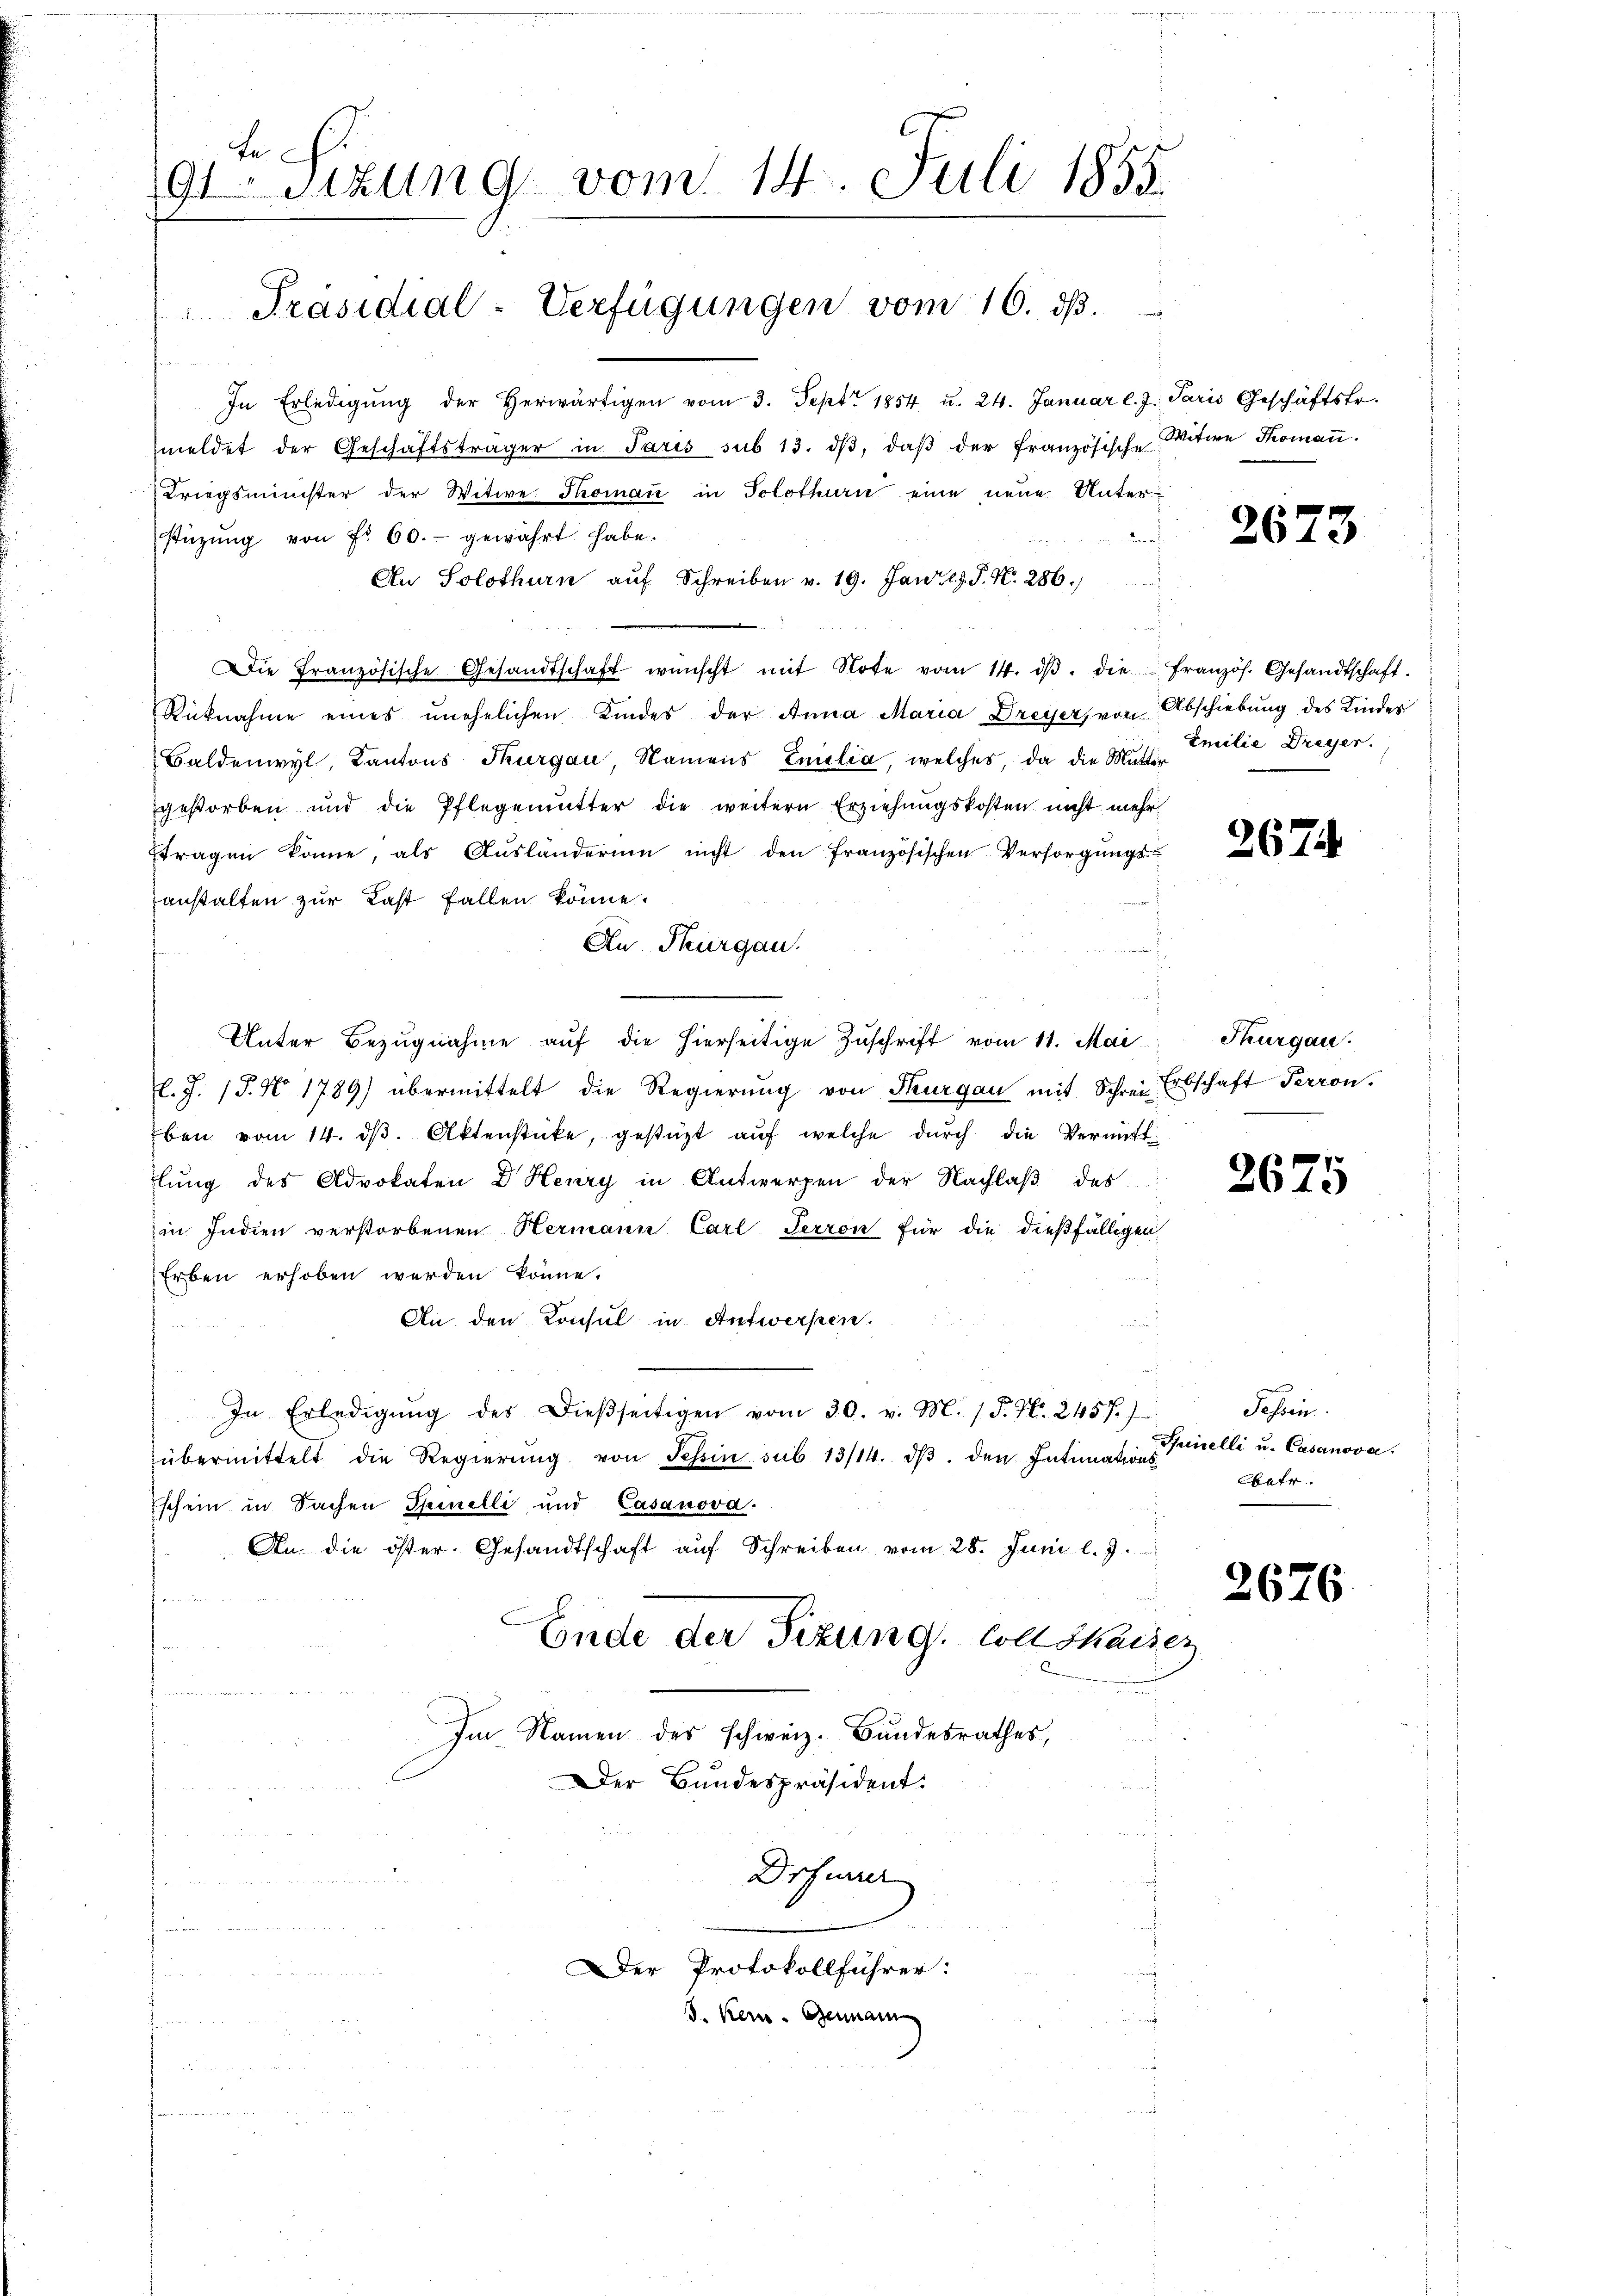
Fe
9t Sitzung vom 14. Juli 1855.
Präsidial-Verfügungen vom 16. dß.

Der Bundespräsident:
Drfurrer
Der Protokollführer:
J. Kein. Gennam

In Erledigŭng der herwärtigen vom 3. Sept. 1854 u. 24. Januar l. J. Paris Geschäftsfr.
meldet der Geschäftsträger in Paris sub 13. dβ, daβ der französische Witwe Thomaṅ.
Kriegsminister der Witwe Thoman in Solothurn eine neue Unterstüzung von Fr. 60.- gewahrt habe.
An Solothurn auf Schreiben v. 19. Jan. 19. P. N. 286.)
Die Französische Gesandtschaft wünscht mit Note vom 14. dβ. die französ. Gesandtschaft.
Rücknahme eines unehelichen Kindes der Anna Maria Dreyer, von Abschiebung des Kindes
Baldenwyl, Kantons Thurgau, Namens Emilia, welches, da die Haus Emilie Dreyer.
gestorben und die Pflegemutter die weitern Erziehungskosten nicht mehrftragen könne, als Ausländerum nicht den französischen Versorgungsanstalten zur Last fallen könne.
An Thurgau.
Unter Bezugnahme auf die hierseitige Zuschrift vom 11. Mai
l. J. 18. No. 1789) übermittelt die Regierŭng von Thurgau mit Schrei Erbschaft Perron.
ben vom 14. dβ. Aktenstücke, gestüzt auf welche durch die Vermitttlung des Advokaten Dr. Henry in Antwerpen der Nachlaβ des
in Indien verstorbenen Hermann Carl Terron für die dießfälligen
Erben erhoben werden könne.
An den Konsul in Antwerken.
In Erledigŭng des Dieβseitigen vom 30. v. M. / P. Nr. 2457.)
übermittelt die Regierŭng von Tessin sub 13/14. dβ. den Intimations
schein in Sachen Spinelli und Casanova.
An die öster. Gesandtschaft auf Schreiben vom 28. Juni l. J.
n
Ende der Sizung. Coll Saiser

Im Namen des schweiz. Bundesrathes,

2673

2671.

Thurgau.

2675

Fessen
Finelli u. Casanova.
betr.

2676